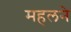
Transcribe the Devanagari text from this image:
महलने